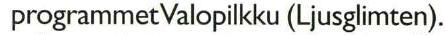
programmet Valopilkku (Ljusglimten).